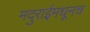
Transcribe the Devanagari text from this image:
मदुराईमधूनच